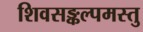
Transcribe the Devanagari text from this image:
शिवसङ्कल्पमस्तु